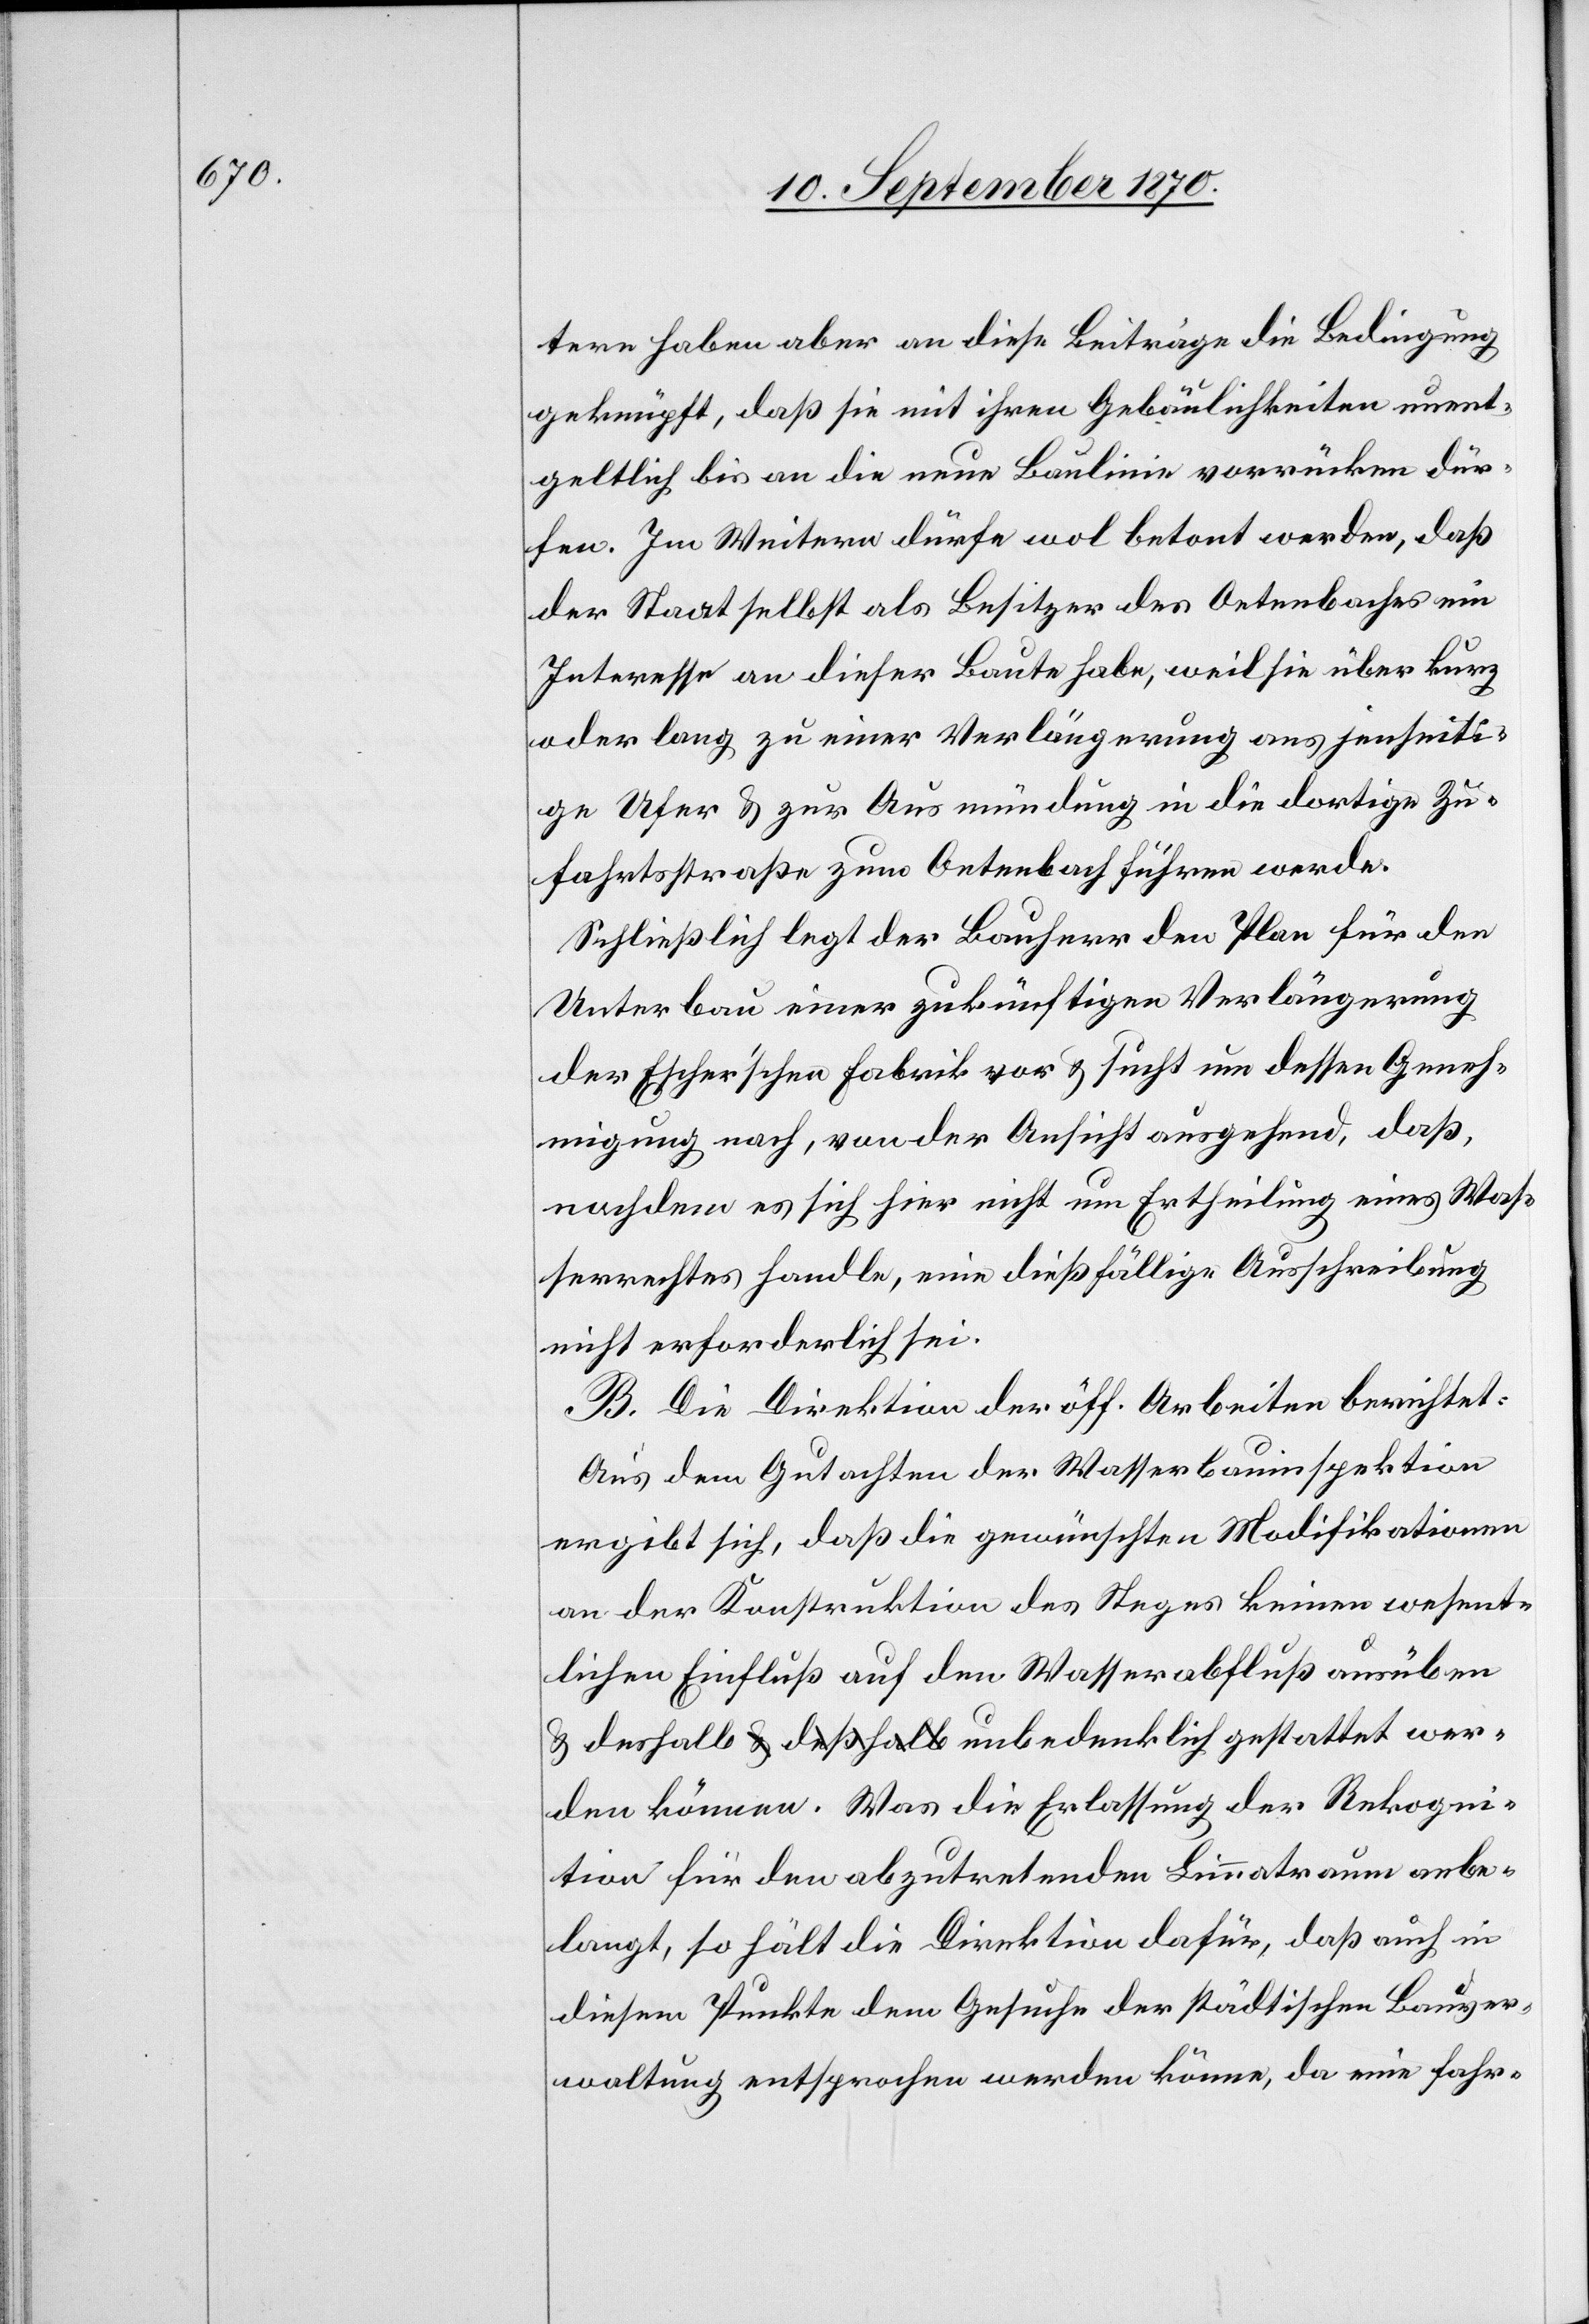
tere haben aber an diese Beiträge die Bedingung
geknüpft, daß sie mit ihren Gebäulichkeiten unent¬
geltlich bis an die neue Baulinie vorrücken dür¬
fen. Im Weitern dürfe wol betont werden, daß
der Staat selbst als Besitzer des Oetenbaches ein
Interesse an dieser Baute habe, weil sie über kurz
oder lang zu einer Verlängerung ans jenseiti¬
ge Ufer & zur Ausmündung in die dortige Zu¬
fahrtsstraße zum Oetenbach führen werde.
Schließlich legt der Bauherr den Plan für den
Unterbau einer zukünftigen Verlängerung
der Escher’schen Fabrik vor & sucht um dessen Geneh¬
migung nach, von der Ansicht ausgehend, daß,
nachdem es sich hier nicht um Ertheilung eines Was¬
serrechtes handle, eine dießfällige Ausschreibung
nicht erforderlich sei.
B. Die Direktion der öff. Arbeiten berichtet:
Aus dem Gutachten der Wasserbauinspektion
ergibt sich, daß die gewünschten Modifikationen
an der Konstruktion des Steges keinen wesent¬
lichen Einfluß auf den Wasserabfluß ausüben
werden können. Was die Erlassung der Rekogni¬
tion für den abzutretenden Limmatraum anbe¬
langt, so hält die Direktion dafür, daß auch in
diesem Punkte dem Gesuch der städtischen Bauver¬
waltung entsprochen werden könne, da eine fahr-